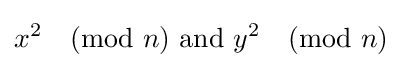
x^{2}{\pmod {n}}{\text{ and }}y^{2}{\pmod {n}}